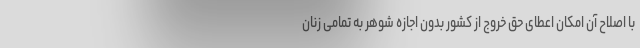
با اصلاح آن امکان اعطای حق خروج از کشور بدون اجازه شوهر به تمامی زنان